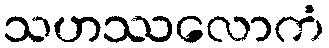
သဟဿလောကံ